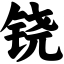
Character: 铙